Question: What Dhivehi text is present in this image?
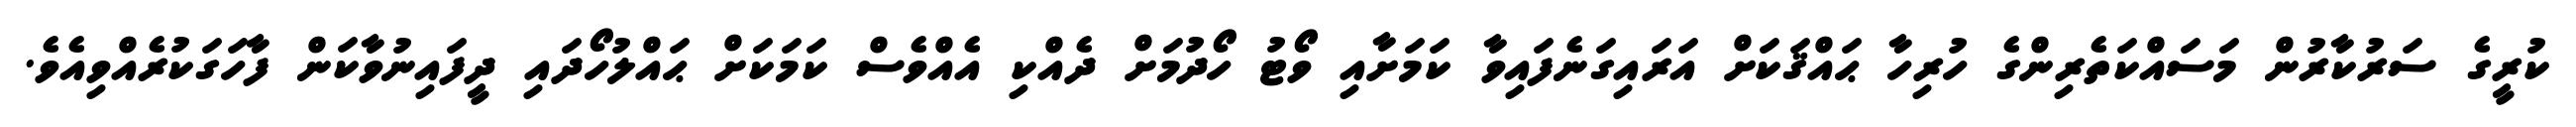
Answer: ކުރީގެ ސަރުކާރުން މަސައްކަތެރިންގެ ހުރިހާ ޙައްޤަކަށް އަރައިގަނެފައިވާ ކަމަށާއި ވޯޓު ހޯދުމަށް ދެއްކި އެއްވެސް ކަމަކަށް ޙައްލުހޯދައި ދީފައިނުވާކަން ފާހަގަކުރެއްވިއެވެ.